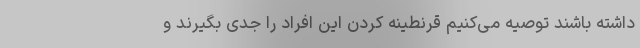
داشته باشند توصیه می‌کنیم قرنطینه کردن این افراد را جدی بگیرند ‌و